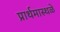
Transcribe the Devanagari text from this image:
प्रार्थमास्थळे